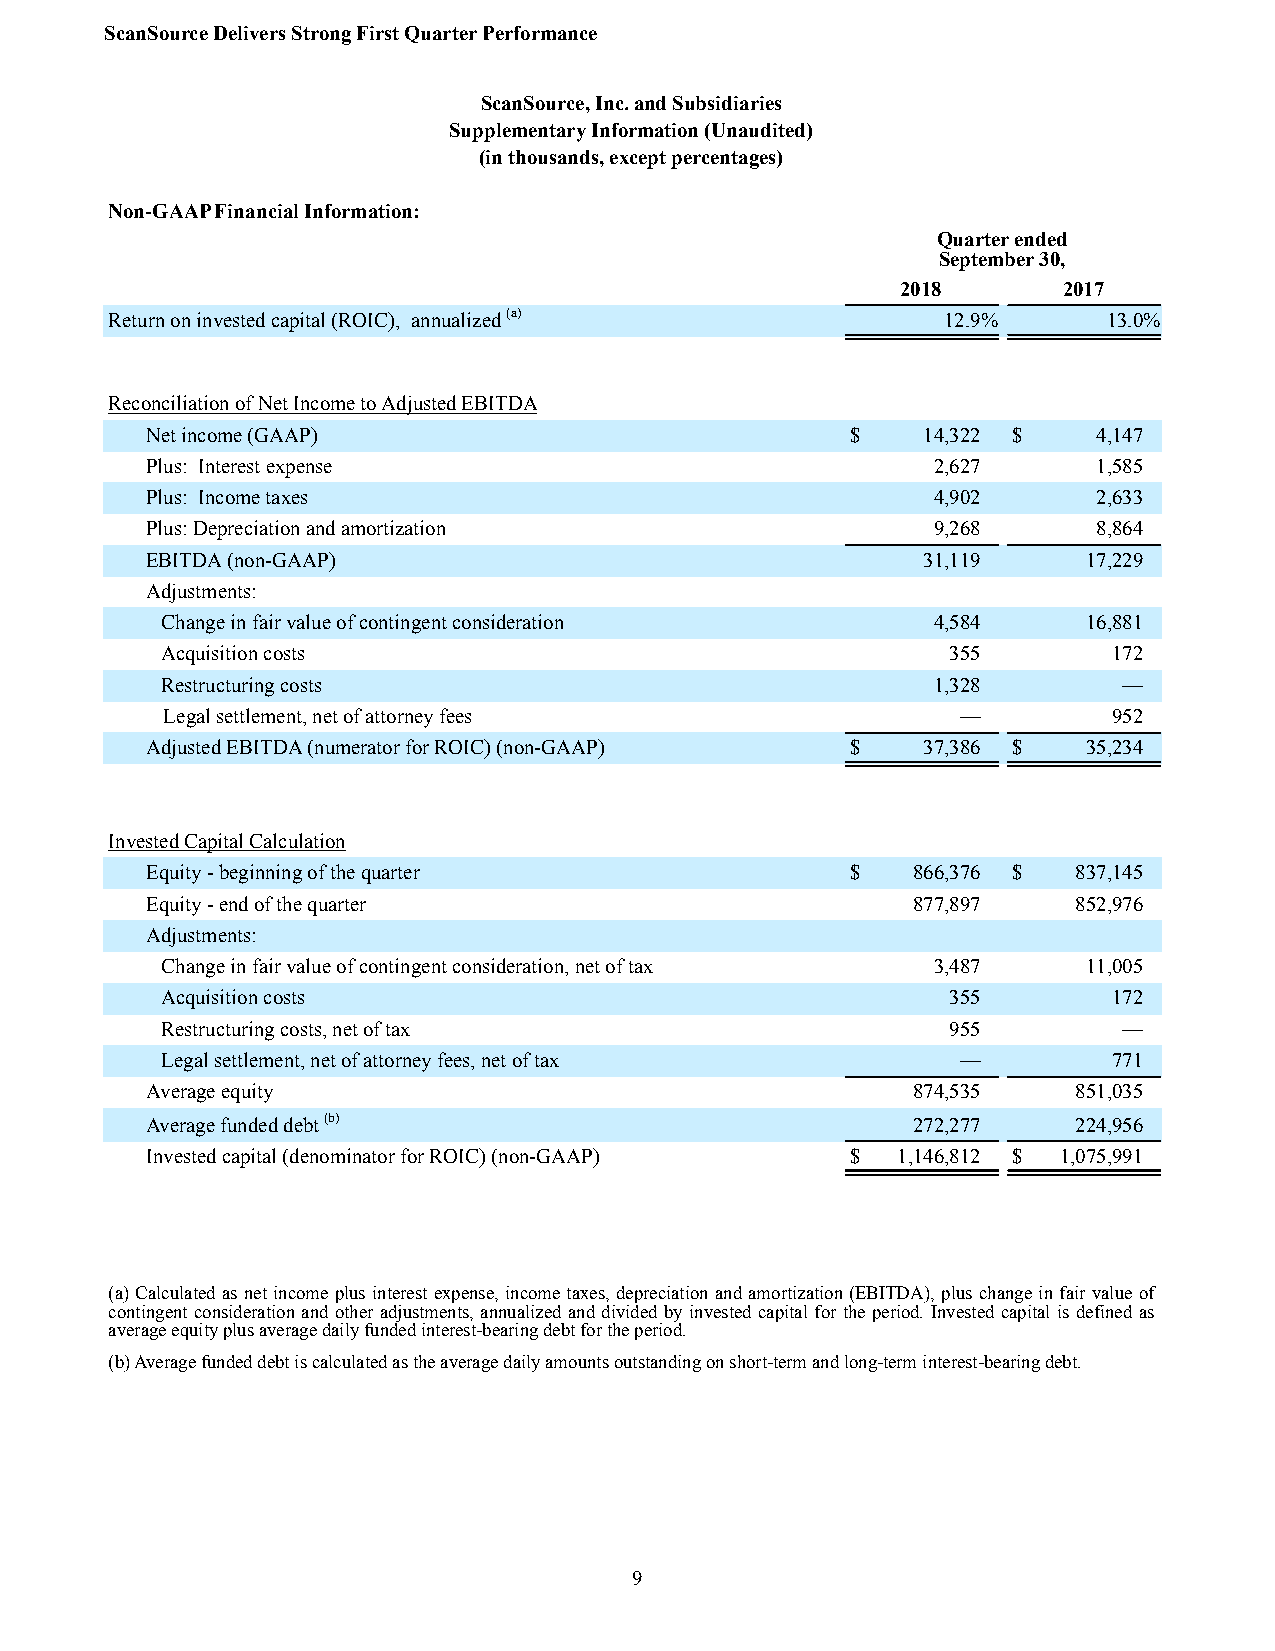
ScanSource Delivers Strong First Quarter Performance
 ScanSource, Inc. and Subsidiaries
 Supplementary Information (Unaudited)
 (in thousands, except percentages)
 Non-GAAP Financial Information:
 Quarter ended
 September 30,
 2018      2017
 Return on invested capital (ROIC), annualized (a)       12.9%     13.0%
 Reconciliation of Net Income to Adjusted EBITDA
 Net income (GAAP)                             $    14,322 $    4,147
 Plus: Interest expense                              2,627      1,585
 Plus: Income taxes                                  4,902      2,633
 Plus: Depreciation and amortization                 9,268      8,864
 EBITDA (non-GAAP)                                  31,119     17,229
 Adjustments:
 Change in fair value of contingent consideration   4,584     16,881
 Acquisition costs                                   355        172
 Restructuring costs                                1,328       —
 Legal settlement, net of attorney fees               —         952
 Adjusted EBITDA (numerator for ROIC) (non-GAAP) $  37,386 $   35,234
 Invested Capital Calculation
 Equity - beginning of the quarter             $   866,376 $  837,145
 Equity - end of the quarter                       877,897    852,976
 Adjustments:
 Change in fair value of contingent consideration, net of tax 3,487 11,005
 Acquisition costs                                   355        172
 Restructuring costs, net of tax                     955        —
 Legal settlement, net of attorney fees, net of tax   —         771
 Average equity                                    874,535    851,035
 Average funded debt (b)                           272,277    224,956
 Invested capital (denominator for ROIC) (non-GAAP) $ 1,146,812 $ 1,075,991
 (a) Calculated as net income plus interest expense, income taxes, depreciation and amortization (EBITDA), plus change in fair value of
 contingent consideration and other adjustments, annualized and divided by invested capital for the period. Invested capital is defined as
 average equity plus average daily funded interest-bearing debt for the period.
 (b) Average funded debt is calculated as the average daily amounts outstanding on short-term and long-term interest-bearing debt.
 9